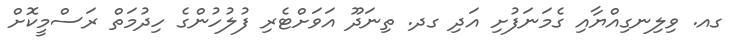
ގއ. ވިލިނގިއްޔާއި ގެމަނަފުށި އަދި ގދ. ތިނަދޫ އަވަށްޓެރި ފުލުހުންގެ ހިދުމަތް ރަސްމީކޮށް